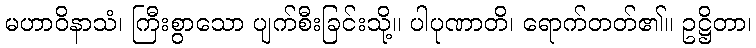
မဟာဝိနာသံ၊ ကြီးစွာသော ပျက်စီးခြင်းသို့။ ပါပုဏာတိ၊ ရောက်တတ်၏။ ဥဋ္ဌိတာ၊